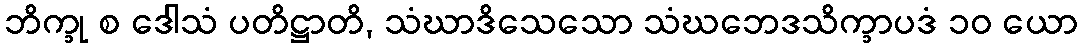
ဘိက္ခု စ ဒေါသံ ပတိဋ္ဌာတိ, သံဃာဒိသေသော သံဃဘေဒသိက္ခာပဒံ ၁၀ ယော